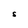
Character: S